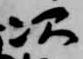
次